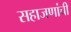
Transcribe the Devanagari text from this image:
सहाजणांची